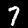
Label: 7